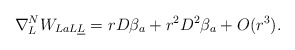
\begin{align*}\nabla^N_{L}W_{LaL\underline L} = r D \beta_a+r^2 D^2 \beta_a+O(r^3) . \end{align*}